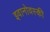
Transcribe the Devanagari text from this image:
इवानोवस्की